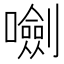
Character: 𡃍